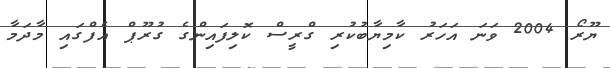
ޔޫރޯ 2004 ވަނަ އަހަރު ކާމިޔާބުކުރި ގްރީސް ކޮލިފައިންގެ ގުރޫޕް އެފްގައި މާދަމާ